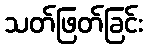
သတ်ဖြတ်ခြင်း